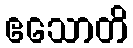
ဧသောတိ